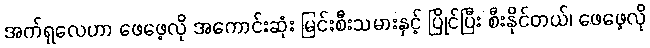
အက်ရှလေဟာ ဖေဖေ့လို အကောင်းဆုံး မြင်းစီးသမားနှင့် ပြိုင်ပြီး စီးနိုင်တယ်၊ ဖေဖေ့လို